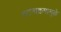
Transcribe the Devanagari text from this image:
घटनाक्रमामुळे